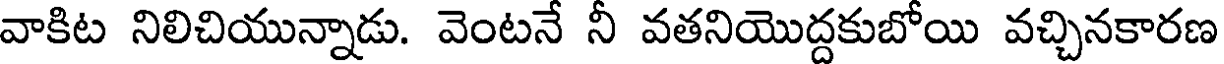
వాకిట నిలిచియున్నాడు. వెంటనే నీ వతనియొద్దకుబోయి వచ్చినకారణ